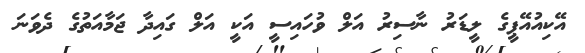
އޭކިއުއޭޕީގެ ލީޑަރު ނާސިރު އަލް ވުހައިސީ އަކީ އަލް ގައިދާ ޖަމާއަތުގެ ދެވަނަ